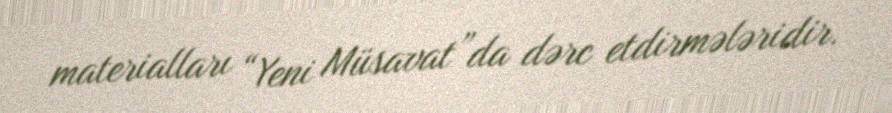
materialları “Yeni Müsavat”da dərc etdirmələridir.